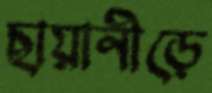
ছায়ানীড়ে